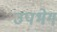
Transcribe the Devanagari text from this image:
उपभेग